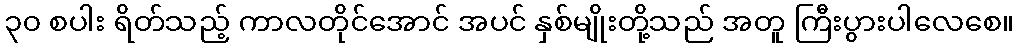
၃၀ စပါး ရိတ်သည့် ကာလတိုင်အောင် အပင် နှစ်မျိုးတို့သည် အတူ ကြီးပွားပါလေစေ။